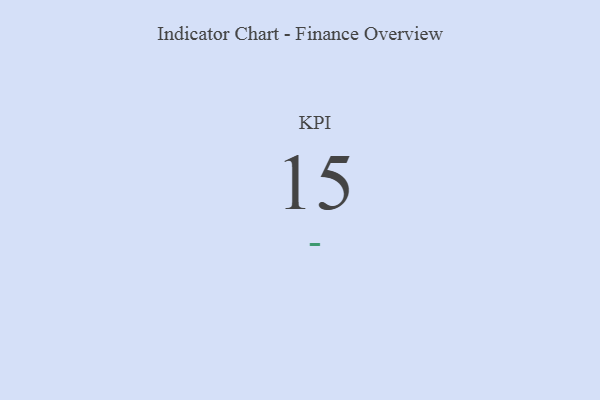
{"axis": {"x": "KPI", "y": "Value"}, "legend": [""], "data": [{"x": "KPI", "y": 15, "type": ""}]}